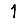
Digit: 1